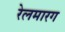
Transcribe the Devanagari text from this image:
रेलमारग